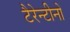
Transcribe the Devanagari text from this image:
टैरेन्टीनो